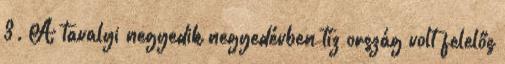
3. A tavalyi negyedik negyedévben tíz ország volt felelős